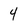
Character: 4